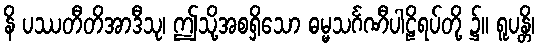
နိ ပဿတီတိအာဒီသု၊ ဤသို့အစရှိသော ဓမ္မသင်္ဂဏီပါဠိရပ်တို့ ၌။ ရူပန္တိ၊